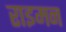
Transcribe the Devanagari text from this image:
राइमन